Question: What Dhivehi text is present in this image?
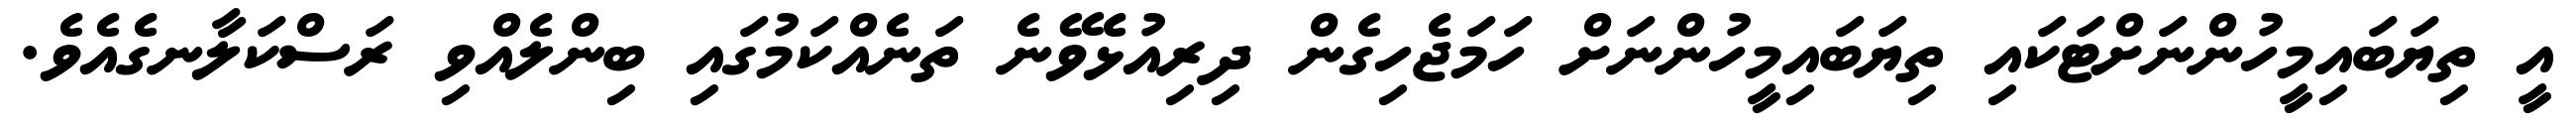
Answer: އީ ތިޔަބައިމީހުންނަށްޓަކައި ތިޔަބައިމީހުންނަށް ހަމަޖެހިގެން ދިރިއުޅެވޭނެ ތަނެއްކަމުގައި ބިންލެއްވި ރަސްކަލާނގެއެވެ.